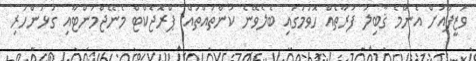
ވަޒީފާއަށް އެންމެ ޤާބިލު ފަރާތެއް ހޮވުމުގައި ބެލެވޭނެ ކަންތައްތައް: ޕްރޮޖެކްޓް މެނޭޖްމަންޓާއި ގުޅުންހުރި